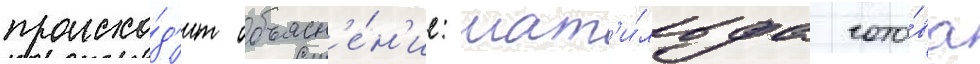
происхо́д'ит объясн'е́н'ие: мат'и́льда гото́ва